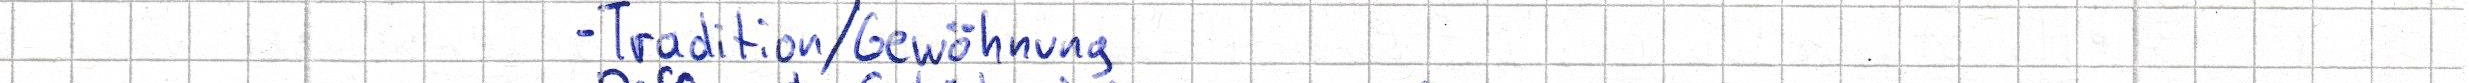
- Tradition / Gewöhnung